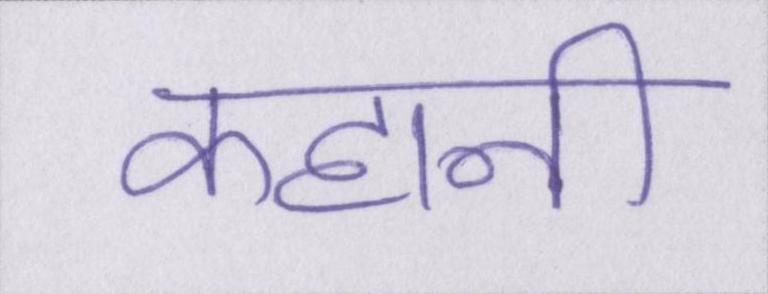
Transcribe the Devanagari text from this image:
कहानी